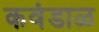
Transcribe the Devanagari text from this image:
कवंडाळ